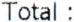
TOTAL :